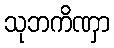
သုဘကိဏှာ